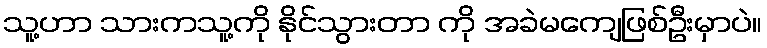
သူ့ဟာ သားကသူ့ကို နိုင်သွားတာ ကို အခဲမကျေဖြစ်ဦးမှာပဲ။